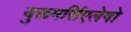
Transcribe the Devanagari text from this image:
युक्तमर्सिएलेगो